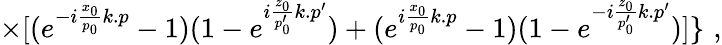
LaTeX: \times[(e^{-i\frac{x_{0}}{p_{0}}k.p}-1)(1-e^{i\frac{z_{0}}{p_{0}^{\prime}}k.p^{\prime}})+(e^{i\frac{x_{0}}{p_{0}}k.p}-1)(1-e^{-i\frac{z_{0}}{p_{0}^{\prime}}k.p^{\prime}})]\} \, \, ,